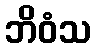
ဘိဝံသ